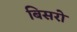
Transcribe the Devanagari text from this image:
बिसरो